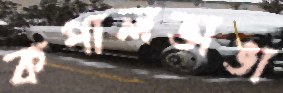
কপালভাঙা